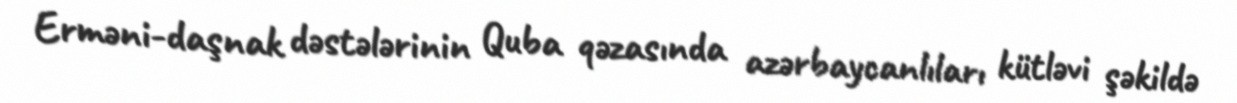
Erməni-daşnak dəstələrinin Quba qəzasında azərbaycanlıları kütləvi şəkildə